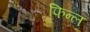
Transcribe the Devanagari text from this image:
फिन्ल